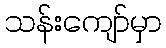
သန်းကျော်မှာ